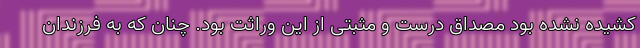
کشیده نشده بود مصداق درست و مثبتی از این وراثت بود. چنان که به فرزندان